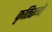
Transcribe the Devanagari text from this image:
कृतिरूपों